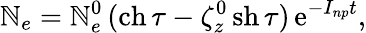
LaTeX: \mathbb{N}_{e}=\mathbb{N}_{e}^{0}\, (\mathrm{{ch}}\, \tau-\zeta_{z}^{0}\, \mathrm{{sh}}\, \tau)\, \mathrm{{e}}^{-I_{np}t},